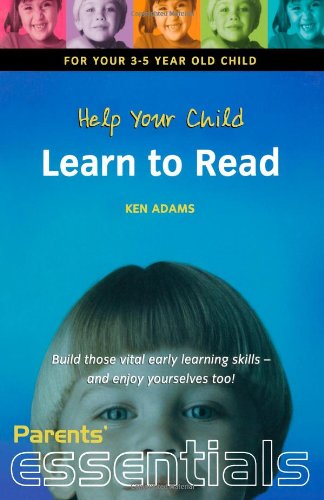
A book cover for Help Your Child Learn to Read: For your 3-5 year old child. Build those vital early learning skills - and enjoy yourselves too! (Parents' essentials); Ken Adams; Parenting & Relationships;